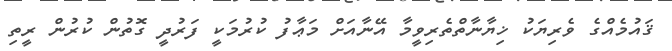
ޤައުމެއްގެ ވެރިޔަކު ޚިޔާނާތްތެރިވީމާ އޭނާއަށް މަޢާފު ކުރުމަކީ ފަރުދީ ގޮތުން ކުރުން ރީތި